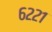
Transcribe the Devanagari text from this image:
६२२१